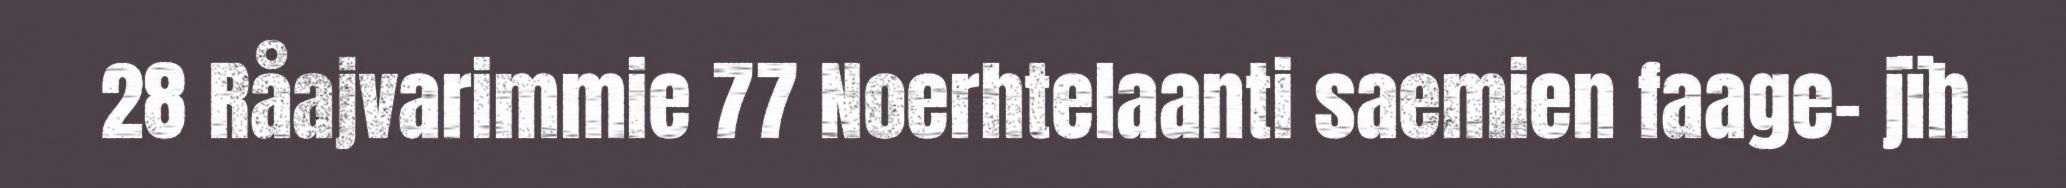
28 Råajvarimmie 77 Noerhtelaanti saemien faage- jïh